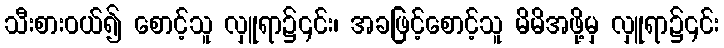
သီးစားဝယ်၍ စောင့်သူ လှူရာ၌၎င်း၊ အခဖြင့်စောင့်သူ မိမိအဖို့မှ လှူရာ၌၎င်း